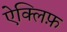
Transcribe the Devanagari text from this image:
ऐक्लिफ़